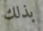
بذلك